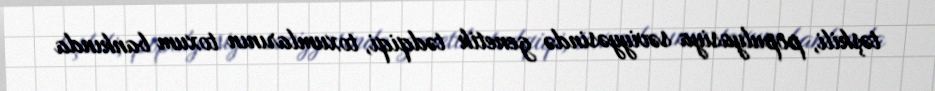
təşkili, populyasiya səviyyəsində genetik tədqiqi, toxumlarının toxum bankında